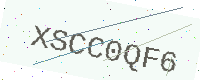
Text: XSCC0QF6